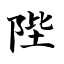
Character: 陛